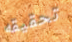
تحقيقه